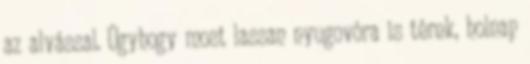
az alvással. Úgyhogy most lassan nyugovóra is térek, holnap